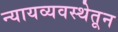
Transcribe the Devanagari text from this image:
न्यायव्यवस्थेतून